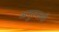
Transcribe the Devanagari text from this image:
अनुत्प्लवी